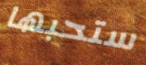
ستحبها